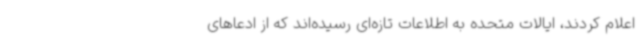
اعلام کردند، ایالات متحده به اطلاعات تازه‌ای رسیده‌اند که از ادعاهای